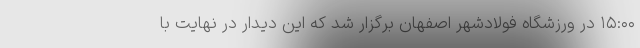
۱۵:۰۰ در ورزشگاه فولادشهر اصفهان برگزار شد که این دیدار در نهایت با